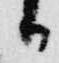
日